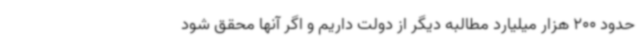
حدود 200 هزار میلیارد مطالبه دیگر از دولت داریم و اگر آنها محقق شود